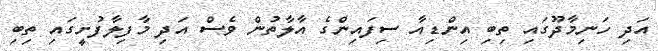
އަދި ހަނިމާދޫގައި ތިބި އިންޑިއާ ސިފައިންގެ އާލާތުން ވެސް އަދި މާފިލާފުށީގައި ތިބި